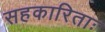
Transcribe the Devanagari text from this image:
सहकारिताः